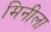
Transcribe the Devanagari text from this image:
मिनीला